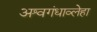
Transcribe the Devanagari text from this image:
अश्वगंधाव्लेहा